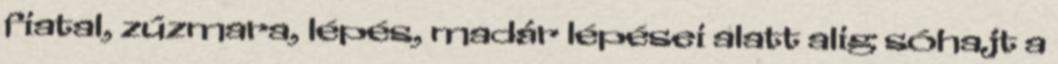
fiatal, zúzmara, lépés, madár lépései alatt alig sóhajt a